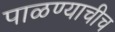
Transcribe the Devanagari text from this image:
पाळण्याचीच